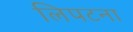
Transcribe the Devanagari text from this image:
लिपटना